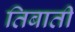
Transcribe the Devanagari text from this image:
तिबाती